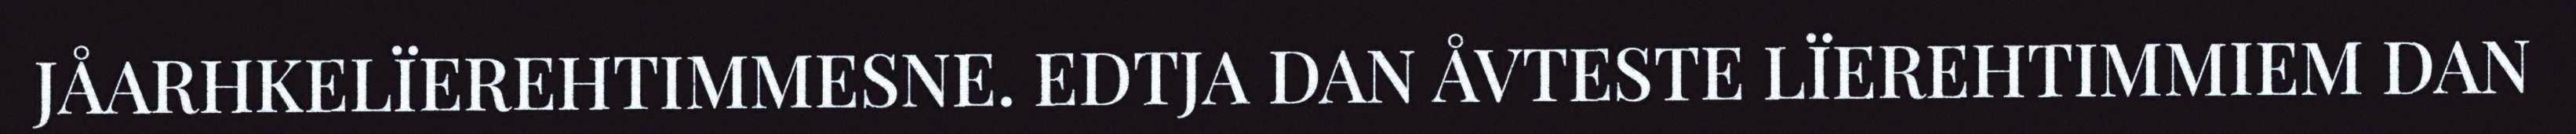
JÅARHKELÏEREHTIMMESNE. EDTJA DAN ÅVTESTE LÏEREHTIMMIEM DAN